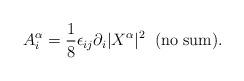
LaTeX: \begin{align*}A^{\alpha}_i=\frac{1}{8}\epsilon_{ij}\partial_i|X^{\alpha}|^2\;\;{\rm (no\;sum)}.\end{align*}